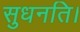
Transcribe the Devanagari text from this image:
सुधनति।